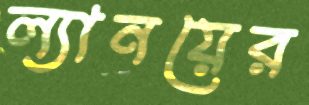
ল্যানয়ের